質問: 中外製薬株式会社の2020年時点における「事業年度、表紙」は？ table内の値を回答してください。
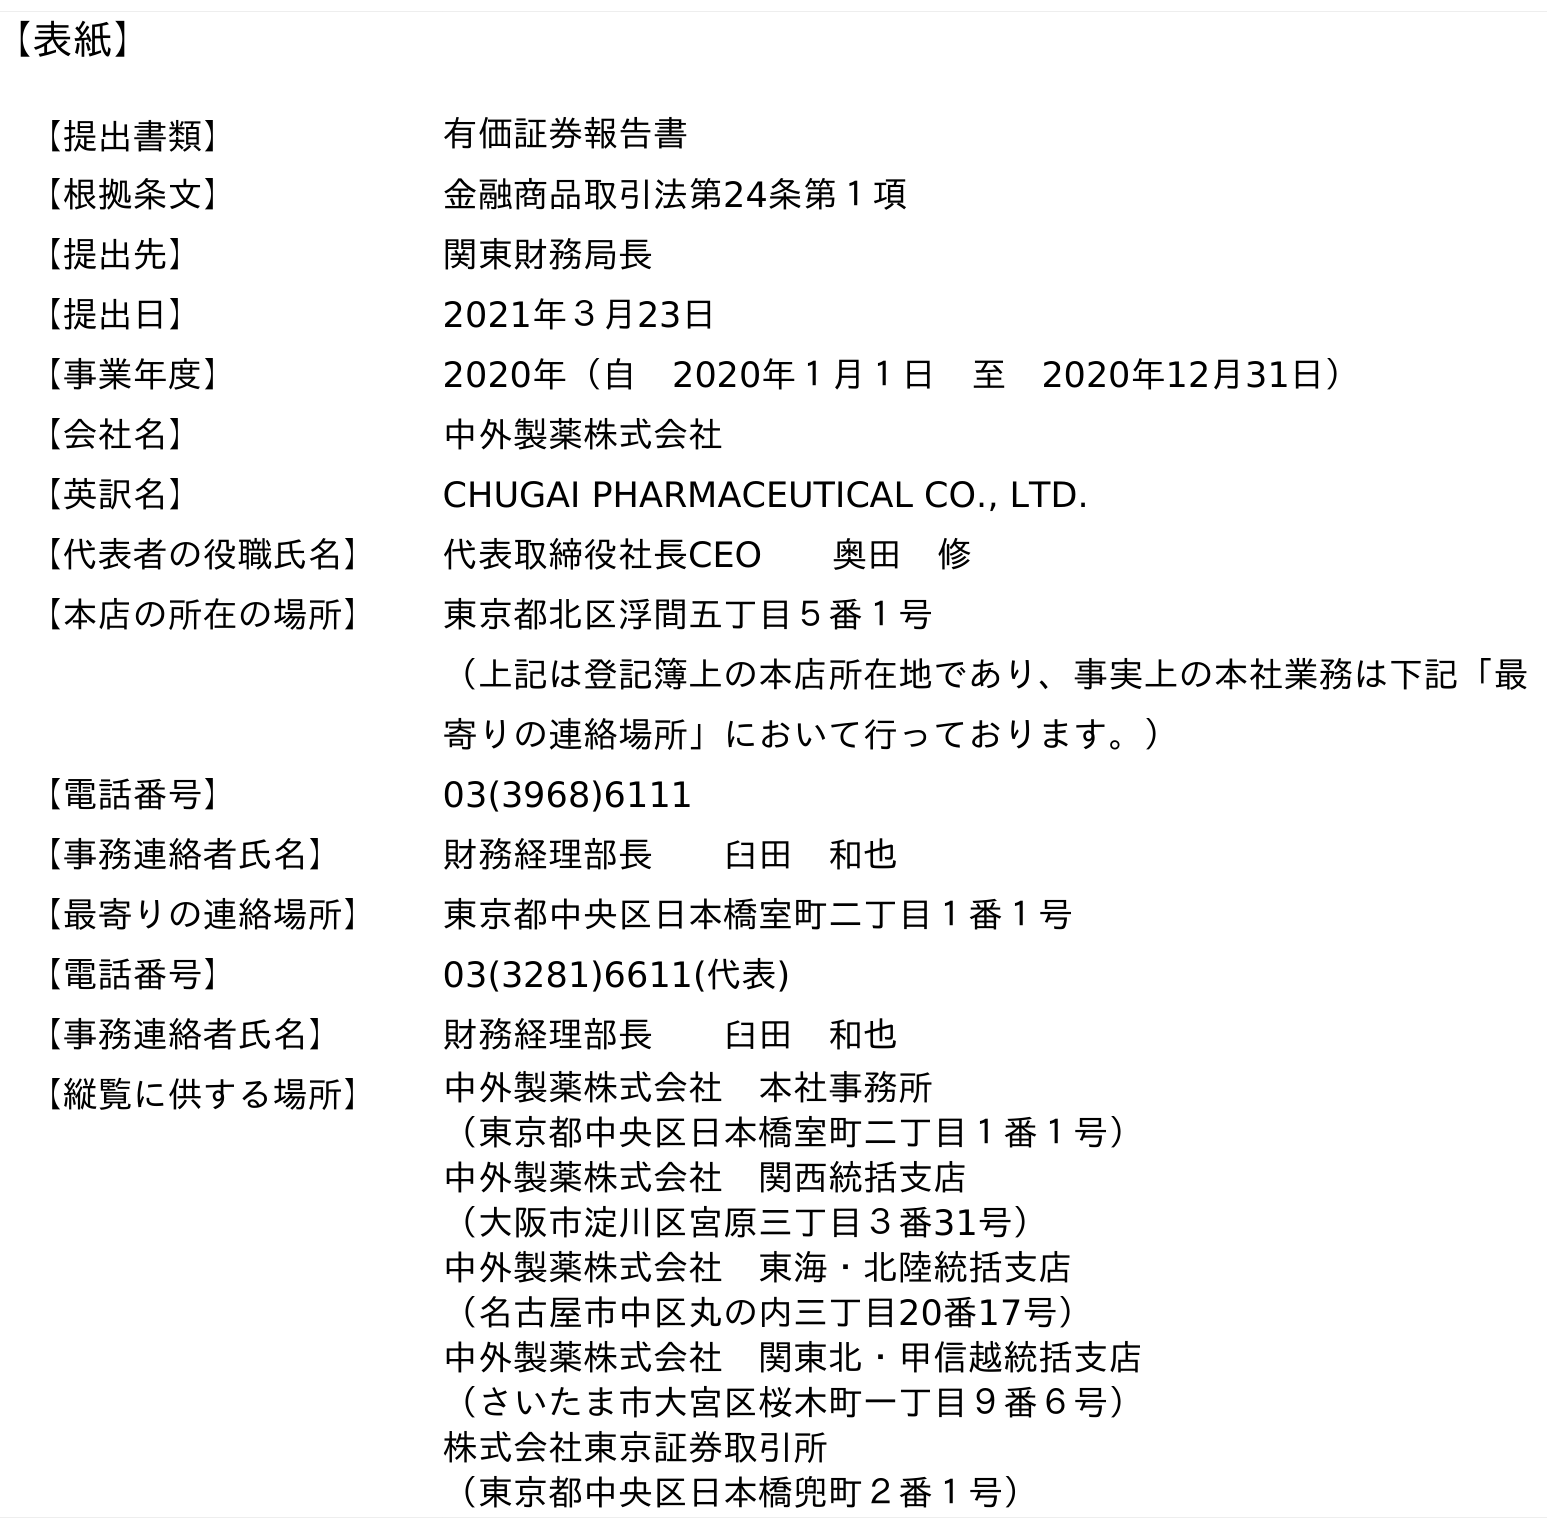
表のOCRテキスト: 【表紙】 【提出書類】 有価証券報告書 【根拠条文】 金融商品取引法第24条第１項 【提出先】 関東財務局長 【提出日】 2021年３月23日 【事業年度】 2020年（自 2020年１月１日 至 2020年12月31日） 【会社名】 中外製薬株式会社 【英訳名】 CHUGAI PHARMACEUTICAL CO., LTD. 【代表者の役職氏名】 代表取締役社長CEO  奥田 修 【本店の所在の場所】 東京都北区浮間五丁目５番１号 （上記は登記簿上の本店所在地であり、事実上の本社業務は下記「最 寄りの連絡場所」において行っております。） 【電話番号】 03(3968)6111 【事務連絡者氏名】 財務経理部長  臼田 和也 【最寄りの連絡場所】 東京都中央区日本橋室町二丁目１番１号 【電話番号】 03(3281)6611(代表) 【事務連絡者氏名】 財務経理部長  臼田 和也 【縦覧に供する場所】 中外製薬株式会社 本社事務所 （東京都中央区日本橋室町二丁目１番１号） 中外製薬株式会社 関西統括支店 （大阪市淀川区宮原三丁目３番31号） 中外製薬株式会社 東海・北陸統括支店 （名古屋市中区丸の内三丁目20番17号） 中外製薬株式会社 関東北・甲信越統括支店 （さいたま市大宮区桜木町一丁目９番６号） 株式会社東京証券取引所 （東京都中央区日本橋兜町２番１号）
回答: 2020年（自　2020年１月１日　至　2020年12月31日）